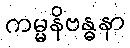
ကမ္မနိဗန္ဓနာ